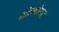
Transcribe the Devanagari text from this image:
शोकावेगाने